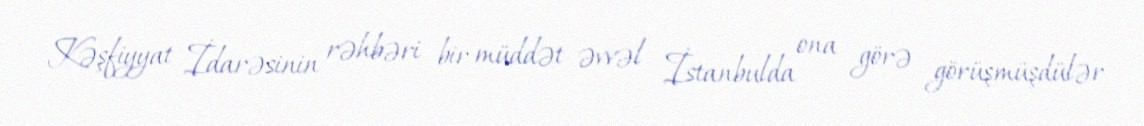
Kəşfiyyat İdarəsinin rəhbəri bir müddət əvvəl İstanbulda ona görə görüşmüşdülər